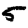
Digit: 5